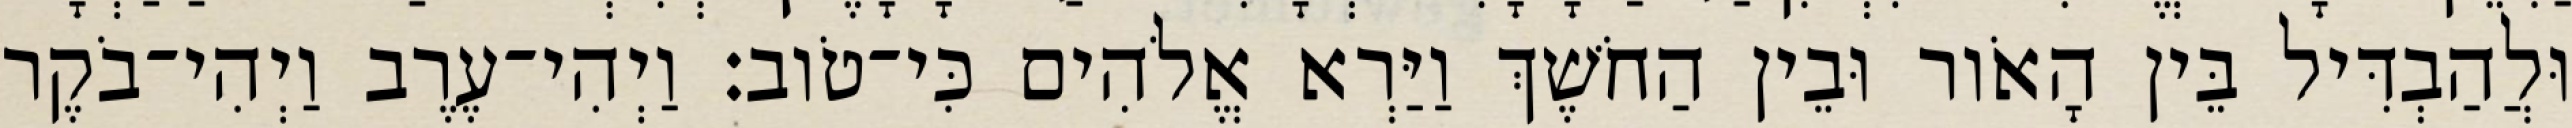
וּלֲהַבְדִּיל בֵּין הָאֹור וּבֵין הַחֹשֶׁךְ וַיַּרְא אֱלֹהִים כִּי־טֹוב׃ וַיְהִי־עֶרֶב וַיְהִי־בֹקֶר